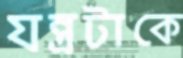
যন্ত্রটাকে